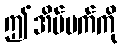
ဤအိပ်မက်ကို